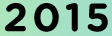
2015